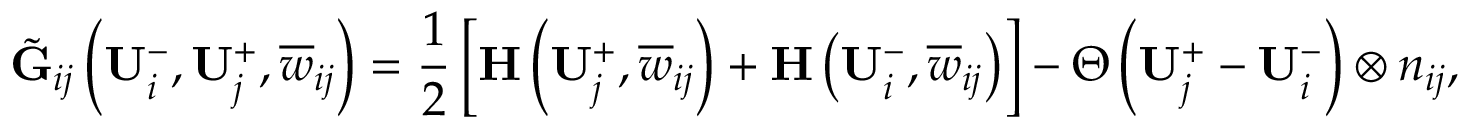
\tilde { \mathbf { G } } _ { i j } \left( \mathbf { U } _ { i } ^ { - } , \mathbf { U } _ { j } ^ { + } , \overline { { \boldsymbol { w } } } _ { i j } \right) = \frac { 1 } { 2 } \left[ \mathbf { H } \left( \mathbf { U } _ { j } ^ { + } , \overline { { \boldsymbol { w } } } _ { i j } \right) + \mathbf { H } \left( \mathbf { U } _ { i } ^ { - } , \overline { { \boldsymbol { w } } } _ { i j } \right) \right] - \boldsymbol { \Theta } \left( \mathbf { U } _ { j } ^ { + } - \mathbf { U } _ { i } ^ { - } \right) \otimes \boldsymbol { n } _ { i j } ,